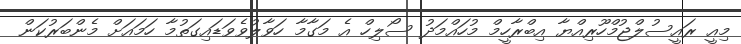
މިއީ ރައީސުލްޖުމްހޫރިއްޔާ އިބްރާހީމް މުހައްމަދު ސޯލިހް އެ މަގާމާ ހަވާލުވެވަޑައިގަތުމާ ހަމައަށް މެންބަރުކަން